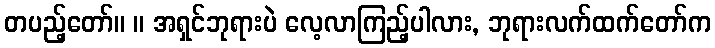
တပည့်တော်။ ။ အရှင်ဘုရားပဲ လေ့လာကြည့်ပါလား, ဘုရားလက်ထက်တော်က